Report on lock hospitals in British Burma
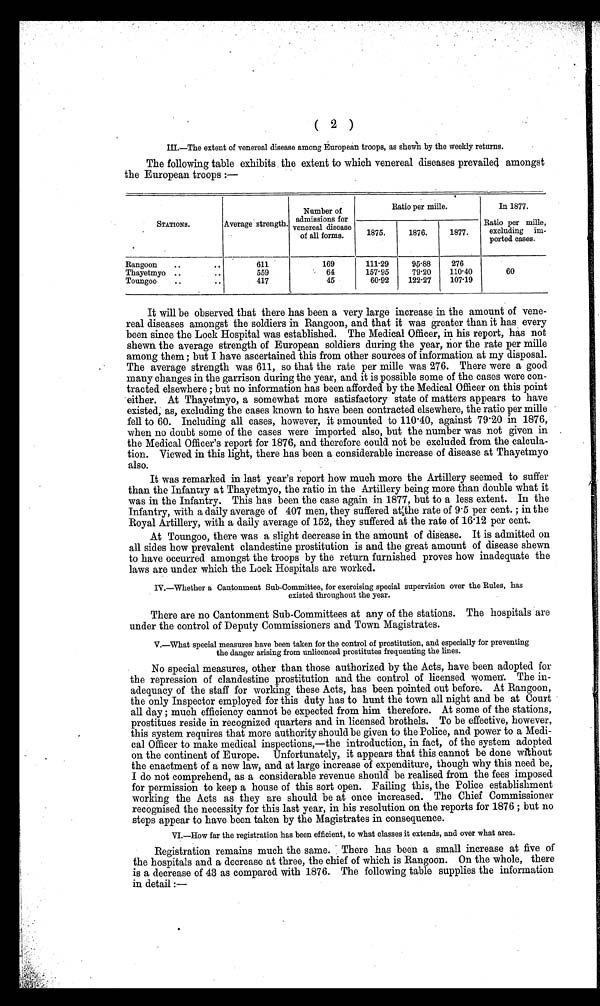
( 2 )
III.—The extent of venereal disease among European troops, as shewn by the weekly returns.
The following table exhibits the extent to which venereal diseases prevailed amongst
the European troops :—
STATIONS.
Average strength.
Number of
for
s
admission
venereal disease
of all forms.
Ratio per mille.
In 1877.
1875.
1876.
1877.
Ratio per mille,
excluding
im-
ported cases.
Rangoon
..
..
611
169
111.29
95.88
276
Thayetmyo ..
..
559
64
157.95
79.20
110.40
60
Toungoo
..
..
417
45
60.92
122.27
107.19
It will be observed that there has been a very large increase in the amount of vene-
real diseases amongst the soldiers in Rangoon, and that it was greater than it has every
been since the Lock Hospital was established. The Medical Officer, in his report, has not
shewn the average strength of European soldiers during the year, nor the rate per mille
among them; but I have ascertained this from other sources of information at my disposal.
The average strength was 611, so that the rate per mille was 276. There were a good
many changes in the garrison during the year, and it is possible some of the cases were con-
tracted elsewhere; but no information has been afforded by the Medical Officer on this point
either. At Thayetmyo, a somewhat more satisfactory state of matters appears to have
existed, as, excluding the cases known to have been contracted elsewhere, the ratio per mille
fell to 60. Including all cases, however, it mounted to 110.40, against 79.20 in 1876,
when no doubt some of the cases were imported also, but the number was not given in
the Medical Officer's report for 1876, and therefore could not be excluded from the calcula-
tion. Viewed in this light, there has been a considerable increase of disease at Thayetmyo
also.
It was remarked in last year's report how much more the Artillery seemed to suffer
than the Infantry at Thayetmyo, the ratio in the Artillery being more than double what it
was in the Infantry. This has been the case again in 1877, but to a less extent. In the
Infantry, with a daily average of 407 men, they suffered at the rate of 9.5 per cent.; in the
Royal Artillery, with a daily average of 152, they suffered at the rate of 16.12 per cent.
At Toungoo, there was a slight decrease in the amount of disease. It is admitted on
all sides how prevalent clandestine prostitution is and the great amount of disease shewn
to have occurred amongst the troops by the return furnished proves how inadequate the
laws are under which the Lock Hospitals are worked.
IV.—Whether a Cantonment Sub-Committee, for exercising special supervision over the Rules, has
existed throughout the year.
There are no Cantonment Sub-Committees at any of the stations. The hospitals are
under the control of Deputy Commissioners and Town Magistrates.
V.—What special measures have been taken for the control of prostitution, and especially for preventing
the danger arising from unlicenced prostitutes frequenting the lines.
No special measures, other than those authorized by the Acts, have been adopted for
the repression of clandestine prostitution and the control of licensed women. The in-
adequacy of the staff for working these Acts, has been pointed out before. At Rangoon,
the only Inspector employed for this duty has to hunt the town all night and be at Court
all day; much efficiency cannot be expected from him therefore. At some of the stations,
prostitues reside in recognized quarters and in licensed brothels. To be effective, however,
this system requires that more authority should be given to the Police, and power to a Medi-
- c a l O f f i c e r t o m a k e m e d i c a l i n s p e c t i o n s , — t h e i n t r o d u c t i o n , i n f a c t , o f t h e s y s t e m a d o p t e d
on the continent of Europe. Unfortunately, it appears that this cannot be done without
the enactment of a new law, and at large increase of expenditure, though why this need be,
I do not comprehend, as a considerable revenue should be realised from the fees imposed
for permission to keep a house of this sort open. Failing this, the Police establishment
working the Acts as they are should be at once increased. The Chief Commissioner
recognised the necessity for this last year, in his resolution on the reports for 1876; but no
steps appear to have been taken by the Magistrates in consequence.
VI.—How far the registration has been efficient, to what classes it extends, and over what area.
Registration remains much the same. There has been a small increase at five of
the hospitals and a decrease at three, the chief of which is Rangoon. On the whole, there
is a decrease of 43 as compared with 1876. The following table supplies the information
in detail:—